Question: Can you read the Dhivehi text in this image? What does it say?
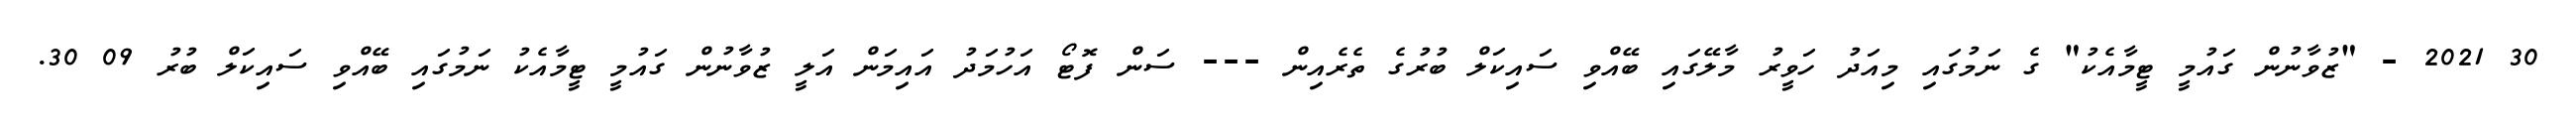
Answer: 30 2021 - "ޒުވާނުން ގައުމީ ޓީމާއެކު" ގެ ނަމުގައި މިއަދު ހަވީރު މާލޭގައި ބޭއްވި ސައިކަލް ބުރުގެ ތެރެއިން --- ސަން ފޮޓޯ އަހުމަދު އައިމަން އަލީ ޒުވާނުން ގައުމީ ޓީމާއެކު ނަމުގައި ބޭއްވި ސައިކަލް ބުރު 09 30.